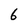
Character: 6